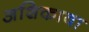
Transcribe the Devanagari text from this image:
अशिकावा